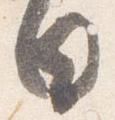
日